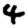
Digit: 4